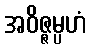
အဝိဇ္ဇမ္ပဟံ